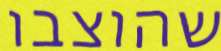
שהוצבו